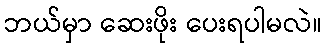
ဘယ်မှာ ဆေးဖိုး ပေးရပါမလဲ။